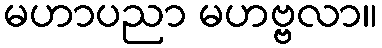
မဟာပညာ မဟဗ္ဗလာ။